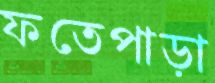
ফতেপাড়া